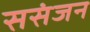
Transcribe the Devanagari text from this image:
ससंजन